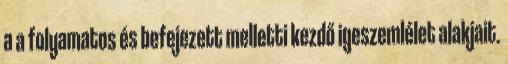
a a folyamatos és befejezett melletti kezdő igeszemlélet alakjait.